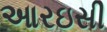
આરઇસી